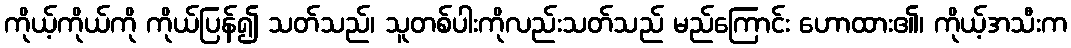
ကိုယ့်ကိုယ်ကို ကိုယ်ပြန်၍ သတ်သည်၊ သူတစ်ပါးကိုလည်းသတ်သည် မည်ကြောင်း ဟောထား၏၊ ကိုယ့်အသီးက